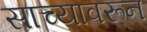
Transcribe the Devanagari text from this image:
साच्यावरून